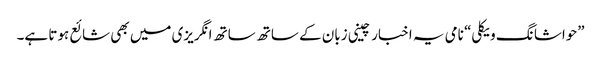
”حواشا نگ ویکلی“ نامی یہ اخبار چینی زبان کے ساتھ ساتھ انگریزی میں بھی شائع ہوتا ہے۔